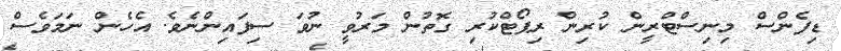
ޑިފެންސް މިނިސްޓްރީން ކުރިން ރިޕޯޓްކުރި ގޮތުން މަރުވީ ނުވަ ސިފައިންނެވެ. އެހެން ނަމަވެސް